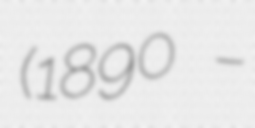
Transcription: (1890 –